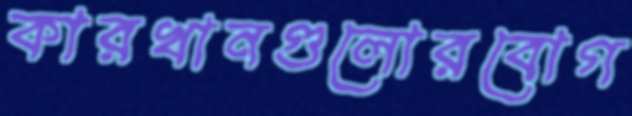
কারখানগুলোরবোগ